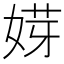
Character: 𡝿